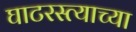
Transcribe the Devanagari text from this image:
घाटरस्त्याच्या